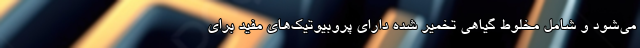
می‌شود و شامل مخلوط گیاهی تخمیر شده دارای پروبیوتیک‌های مفید برای